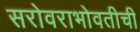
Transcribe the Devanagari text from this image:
सरोवराभोवतीची